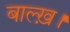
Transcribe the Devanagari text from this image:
बाल्ख़।